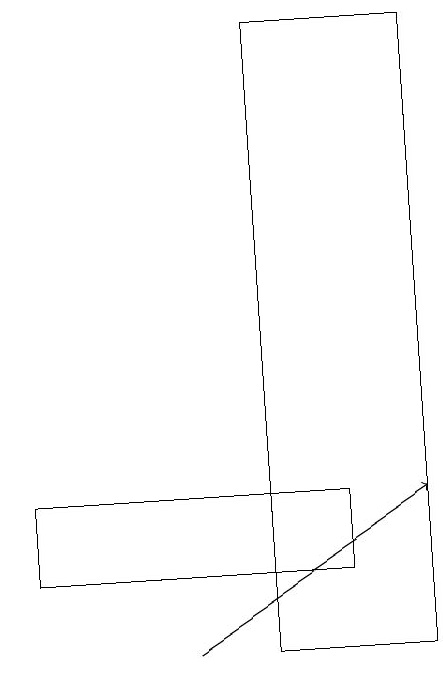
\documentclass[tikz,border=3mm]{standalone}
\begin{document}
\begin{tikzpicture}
\draw[->] (2,11) -- (5,13);
\draw (3,19) rectangle (5,11);
\draw (4,12) rectangle (0,13);
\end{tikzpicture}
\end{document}